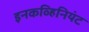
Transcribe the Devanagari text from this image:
इनकव्हिनियंट